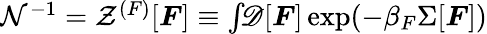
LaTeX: \begin{array}{r}{\mathcal{N}^{-1}=\mathcal{Z}^{(F)}[\boldsymbol{F}]\equiv\int\! \! \mathscr{D}[\boldsymbol{F}]\exp(-\beta_{F}\Sigma[\boldsymbol{F}])}\end{array}